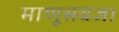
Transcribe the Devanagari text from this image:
माणूसवजा